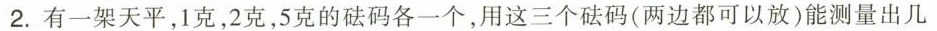
2.有一架天平，1克，2克，5克的砝码各一个，用这三个砝码(两边都可以放)能测量出几